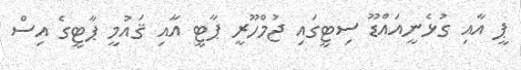
ޕީ އާއި ގުޅެނީއައްޑޫ ސިޓީގައި ޖުމްހޫރީ ޕާޓީ އާއި ޤައުމީ ޕާޓީގެ އިސް